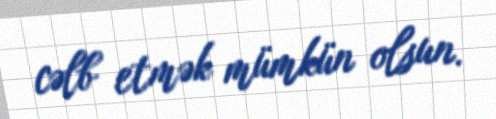
cəlb etmək mümkün olsun.